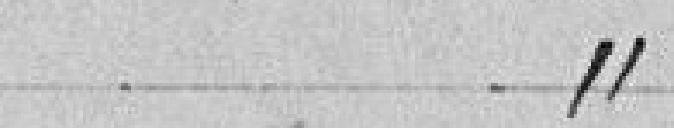
article